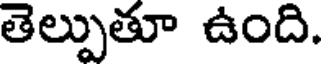
తెల్పుతూ ఉంది.